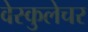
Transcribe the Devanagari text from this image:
वेस्कुलेचर